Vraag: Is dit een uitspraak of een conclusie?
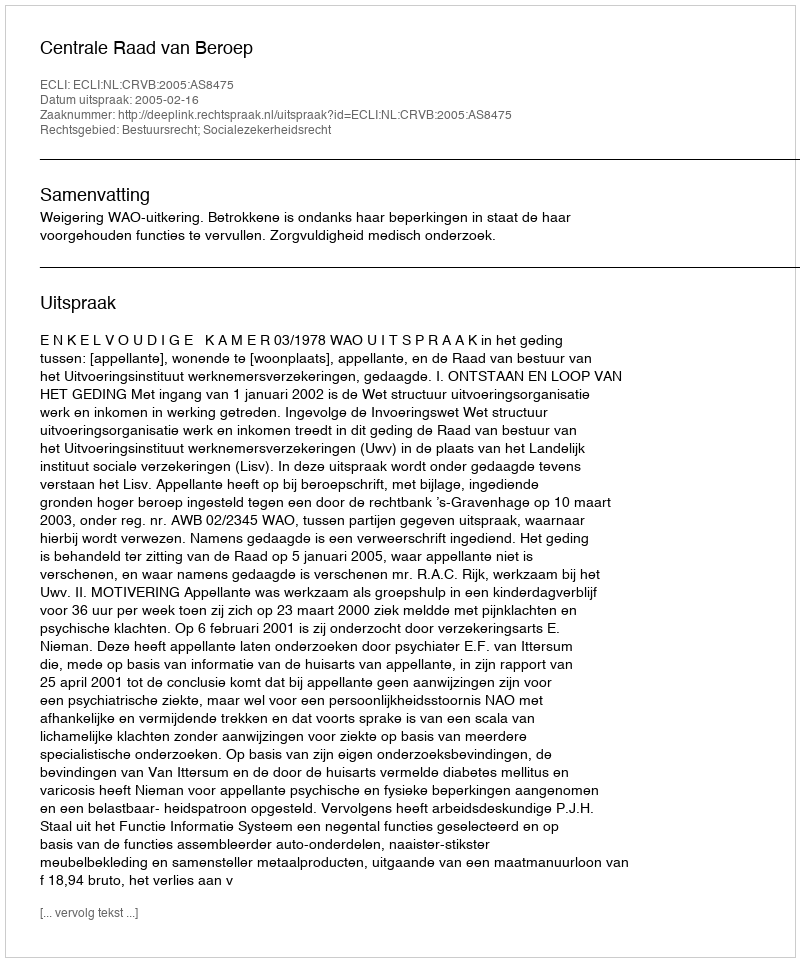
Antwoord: Uitspraak